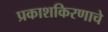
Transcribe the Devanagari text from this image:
प्रकाशकिरणाचे